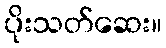
ပိုးသတ်ဆေး။